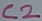
Text: C2